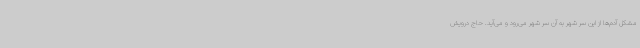
مشکل آدم‌ها از این سر شهر به آن سر شهر می‌رود و می‌آید. حاج درویش